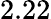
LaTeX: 2.22